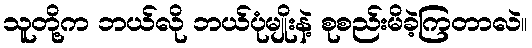
သူတို့က ဘယ်လို ဘယ်ပုံမျိုးနဲ့ စုစည်းမိခဲ့ကြတာလဲ။